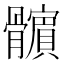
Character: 𩪯